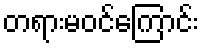
တရားမဝင်ကြောင်း